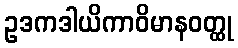
ဥဒကဒါယိကာဝိမာနဝတ္ထု